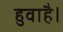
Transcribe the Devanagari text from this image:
हुवाहै।